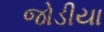
જોડીયા